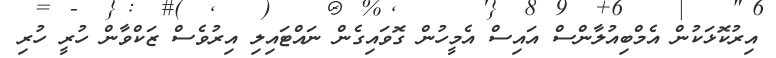
އިރުކޮޅަކުން އެމްބިއުލާންސް އައިސް އެމީހުން ގޮވައިގެން ނައްޓައިލި އިރުވެސް ޒަކްވާން ހުރީ ހުރި